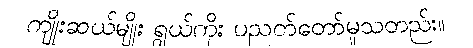
ကျိုးဆယ်မျိုး ရွယ်ကိုး ပညတ်တော်မူသတည်း။